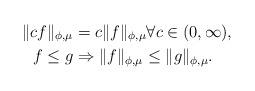
LaTeX: \begin{align*}\|cf\|_{\phi,\mu}&=c\|f\|_{\phi,\mu}\forall c\in (0,\infty),\\f\leq g&\Rightarrow \|f\|_{\phi,\mu}\leq \|g\|_{\phi,\mu}.\end{align*}